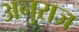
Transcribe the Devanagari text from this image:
अनुराज